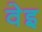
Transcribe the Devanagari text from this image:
वेइ